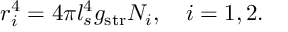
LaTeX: r _ { i } ^ { 4 } = 4 \pi l _ { s } ^ { 4 } g _ { \mathrm { s t r } } N _ { i } , \quad i = 1 , 2 .